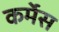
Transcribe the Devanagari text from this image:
कर्मेस